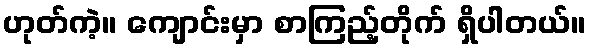
ဟုတ်ကဲ့။ ကျောင်းမှာ စာကြည့်တိုက် ရှိပါတယ်။